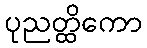
ပုညတ္ထိကော